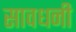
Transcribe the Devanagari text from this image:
सावधनी